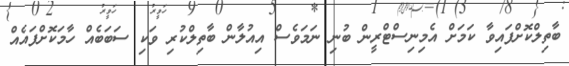
ބާތިލްކޮށްފައިވާ ކަމަށް އެމިނިސްޓްރީން ބުނި ނަމަވެސް އިއުލާން ބާތިލްކުރި ވަކި ސަބަބެއް ހާމަކޮށްފައެއް